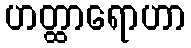
ဟတ္ထာရောဟာ